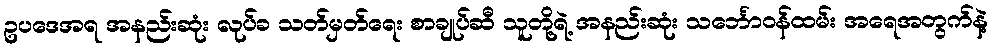
ဥပဒေအရ အနည်းဆုံး လုပ်ခ သတ်မှတ်ရေး စာချုပ်ဆီ သူတို့ရဲ့ အနည်းဆုံး သင်္ဘောဝန်ထမ်း အရေအတွက်နဲ့